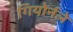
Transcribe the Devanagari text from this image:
गियोर्नले